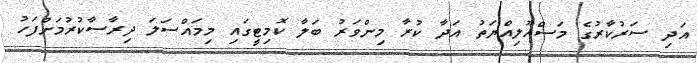
އަދި ސަރުކާރުގެ މަސްއޫލިއްޔަތު އަދާ ކުރާ މިންވަރު ބަލާ ކޮމިޓީގައި މިމައްސަލަ ދިރާސާކުރުމަށްފަހު